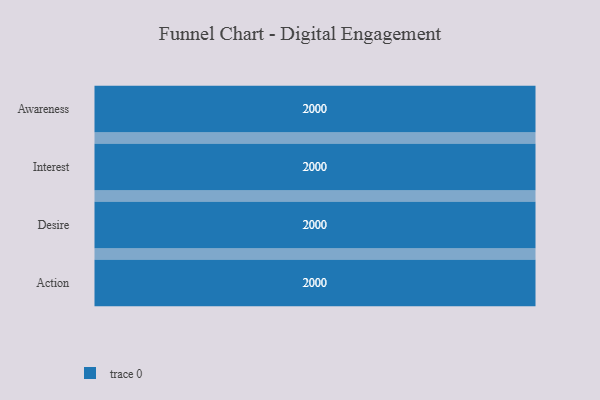
{"axis": {"x": "Stage", "y": "Value"}, "legend": [""], "data": [{"x": "Awareness", "y": 2000, "type": ""}, {"x": "Interest", "y": 2000, "type": ""}, {"x": "Desire", "y": 2000, "type": ""}, {"x": "Action", "y": 2000, "type": ""}]}